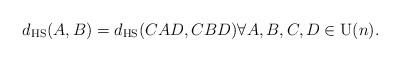
LaTeX: \begin{align*} d_ \textrm{HS}(A,B) = d_ \textrm{HS}(CAD,CBD) \forall A,B,C,D \in \mathrm{U}(n).\end{align*}